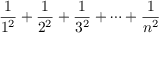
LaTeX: { \frac { 1 } { 1 ^ { 2 } } } + { \frac { 1 } { 2 ^ { 2 } } } + { \frac { 1 } { 3 ^ { 2 } } } + \cdots + { \frac { 1 } { n ^ { 2 } } }